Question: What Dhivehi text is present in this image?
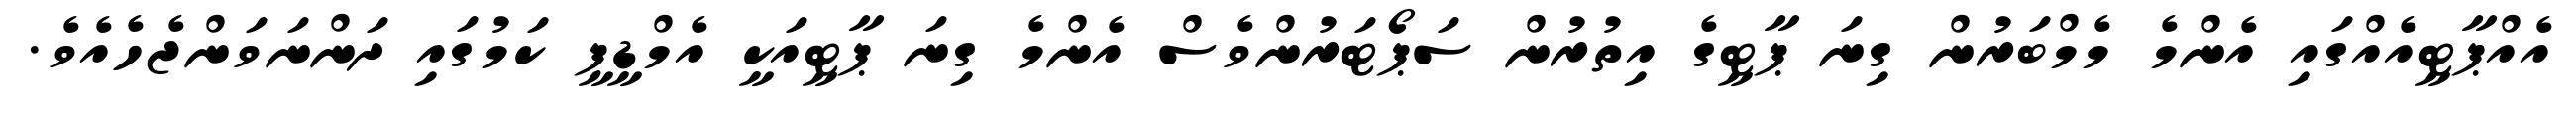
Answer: އެއްޕާޓީއެއްގައި އެންމެ މެމްބަރުން ގިނަ ޕާޓީގެ އިތުރުން ސަޕޯޓަރުންވެސް އެންމެ ގިނަ ޕާޓީއަކީ އެމްޑީޕީ ކަމުގައި ދަންނަވަންޖެހެއެވެ.